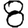
Digit: 8